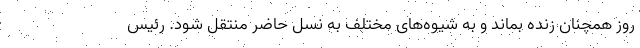
روز همچنان زنده بماند و به شیوه‌های مختلف به نسل حاضر منتقل شود. رئیس